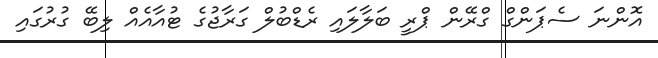
އޮންނަ ސެޕަންގް ގްރޭން ޕްރީ ބަލާލައި ރެޑްބުލް ގަރާޖުގެ ޓުއާއެއް ލިބޭ ގުރުގައި